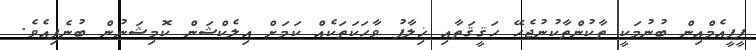
ޕީޕީއެމްއިން ބުނުމަކީ ތާކުންތާކުނުޖެހޭ ހަޤީޤަތާއި ޚިލާފު ވާހަކަތަކެއް ކަމަށް އިލެކްޝަން ކޮމިޝަނުން ބުނެފިއެވެ.